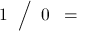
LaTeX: \; \; 1 \; \; { \Big / } \; \; 0 \; \; =